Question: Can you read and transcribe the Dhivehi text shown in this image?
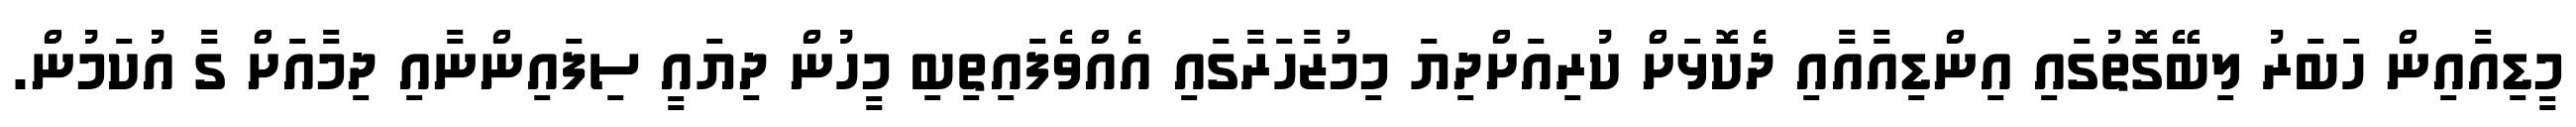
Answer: މީޑިއާއިން ހަބަރު ލިބޭގޮތުގައި އިންޑިއާއާއި ދެކޮޅަށް ކުރިއަށްދިޔަ މިމުޒާހަރާގައި އެއްވެފައިތިބި މީހުން ދިޔައީ ސިފައިންނާއި ދިމާއަށް ގާ އުކަމުން.